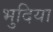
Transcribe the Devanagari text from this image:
भुदिया